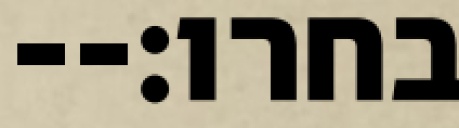
בחרו׃--